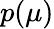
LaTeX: p(\mu)